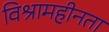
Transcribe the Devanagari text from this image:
विश्रामहीनता